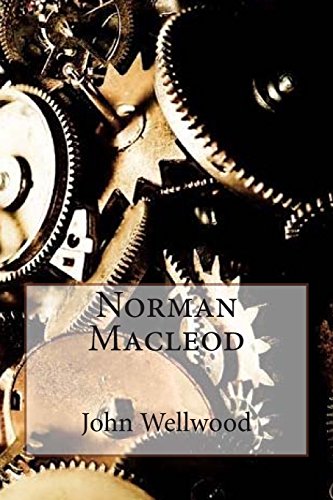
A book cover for Norman Macleod; John Wellwood; Literature & Fiction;